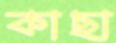
কাছা